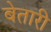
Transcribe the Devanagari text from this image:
बेतारी